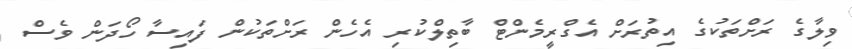
ވިލާގެ ރަށްތަކުގެ އިތުރަށް އެގްރީމެންޓް ބާތިލްކުރި އެހެން ރަށްތަކުން ފައިސާ ހޯދަން ވެސް